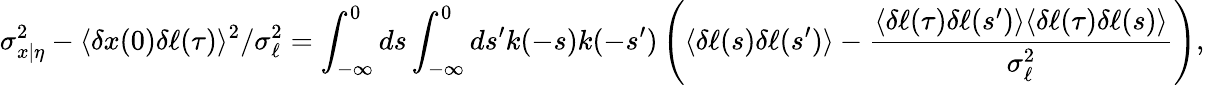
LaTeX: \sigma_{x|\eta}^{2}-\langle\delta x(0)\delta\ell(\tau)\rangle^{2}/\sigma_{\ell}^{2}=\int_{-\infty}^{0}ds\int_{-\infty}^{0}ds^{\prime}k(-s)k(-s^{\prime})\left(\langle\delta\ell(s)\delta\ell(s^{\prime})\rangle-\frac{\langle\delta\ell(\tau)\delta\ell(s^{\prime})\rangle\langle\delta\ell(\tau)\delta\ell(s)\rangle}{\sigma_{\ell}^{2}}\right),